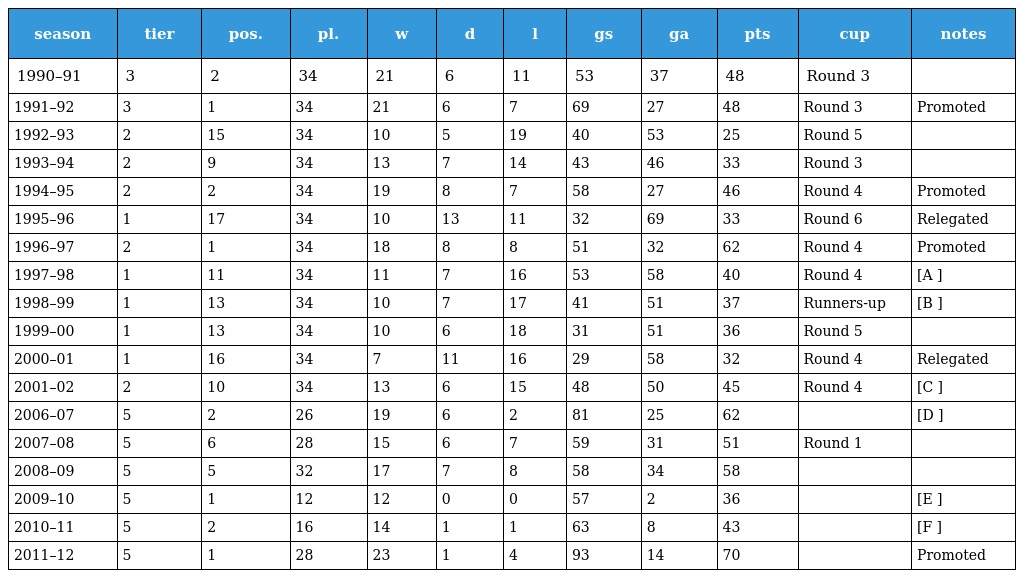
| season | tier | pos. | pl. | w | d | l | gs | ga | pts | cup | notes |
 | --- | --- | --- | --- | --- | --- | --- | --- | --- | --- | --- | --- |
 | 1990–91 | 3 | 2 | 34 | 21 | 6 | 11 | 53 | 37 | 48 | Round 3 |  |
 | 1991–92 | 3 | 1 | 34 | 21 | 6 | 7 | 69 | 27 | 48 | Round 3 | Promoted |
 | 1992–93 | 2 | 15 | 34 | 10 | 5 | 19 | 40 | 53 | 25 | Round 5 |  |
 | 1993–94 | 2 | 9 | 34 | 13 | 7 | 14 | 43 | 46 | 33 | Round 3 |  |
 | 1994–95 | 2 | 2 | 34 | 19 | 8 | 7 | 58 | 27 | 46 | Round 4 | Promoted |
 | 1995–96 | 1 | 17 | 34 | 10 | 13 | 11 | 32 | 69 | 33 | Round 6 | Relegated |
 | 1996–97 | 2 | 1 | 34 | 18 | 8 | 8 | 51 | 32 | 62 | Round 4 | Promoted |
 | 1997–98 | 1 | 11 | 34 | 11 | 7 | 16 | 53 | 58 | 40 | Round 4 | [A ] |
 | 1998–99 | 1 | 13 | 34 | 10 | 7 | 17 | 41 | 51 | 37 | Runners-up | [B ] |
 | 1999–00 | 1 | 13 | 34 | 10 | 6 | 18 | 31 | 51 | 36 | Round 5 |  |
 | 2000–01 | 1 | 16 | 34 | 7 | 11 | 16 | 29 | 58 | 32 | Round 4 | Relegated |
 | 2001–02 | 2 | 10 | 34 | 13 | 6 | 15 | 48 | 50 | 45 | Round 4 | [C ] |
 | 2006–07 | 5 | 2 | 26 | 19 | 6 | 2 | 81 | 25 | 62 |  | [D ] |
 | 2007–08 | 5 | 6 | 28 | 15 | 6 | 7 | 59 | 31 | 51 | Round 1 |  |
 | 2008–09 | 5 | 5 | 32 | 17 | 7 | 8 | 58 | 34 | 58 |  |  |
 | 2009–10 | 5 | 1 | 12 | 12 | 0 | 0 | 57 | 2 | 36 |  | [E ] |
 | 2010–11 | 5 | 2 | 16 | 14 | 1 | 1 | 63 | 8 | 43 |  | [F ] |
 | 2011–12 | 5 | 1 | 28 | 23 | 1 | 4 | 93 | 14 | 70 |  | Promoted |